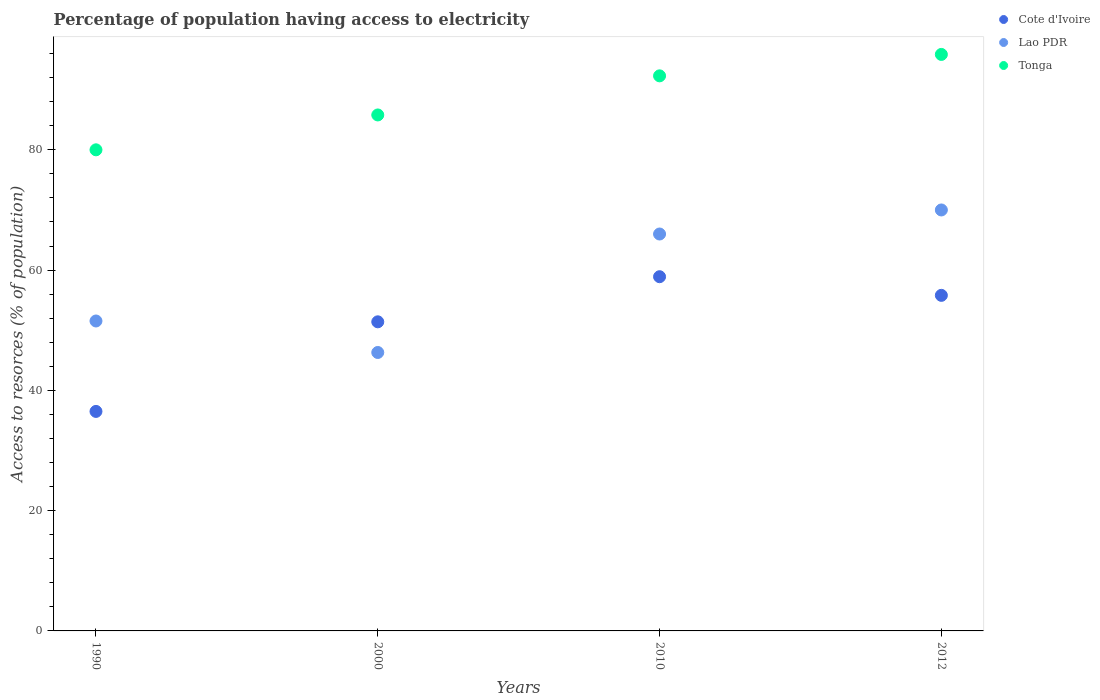
| Years | Cote d'Ivoire | Lao PDR | Tonga |
 | --- | --- | --- | --- |
 | 1990 | 36.5 | 51.5 | 80 |
 | 2000 | 51.4 | 46.3 | 85.8 |
 | 2010 | 58.9 | 66 | 92.3 |
 | 2012 | 55.8 | 70 | 95.9 |